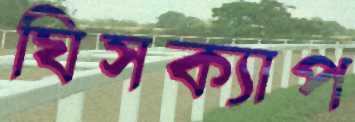
ঘিসক্যাপ